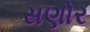
સણોર